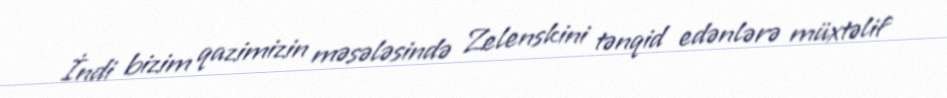
İndi bizim qazimizin məsələsində Zelenskini tənqid edənlərə müxtəlif